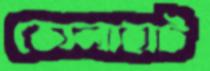
ভোলাহাট